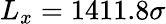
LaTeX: L_{x}=1411.8\sigma